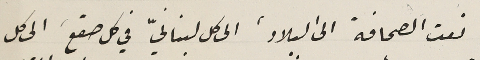
نعت الصحافة الى البلاد، الى كل لبنانيّ في كل صقع، الى كل